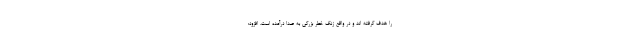
را هدف گرفته اند و در واقع زنگ خطر بزرگی به صدا درآمده است، افزود: